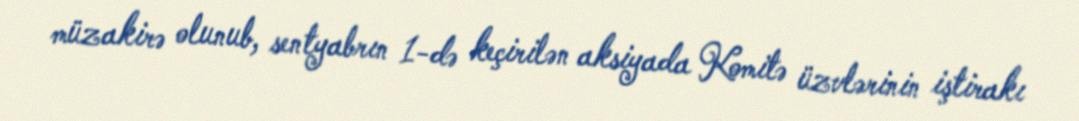
müzakirə olunub, sentyabrın 1-də keçirilən aksiyada Komitə üzvlərinin iştirakı